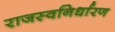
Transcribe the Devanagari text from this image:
राजस्वनिर्धारण